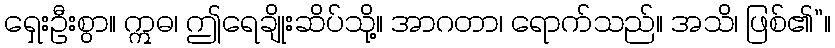
ရှေးဦးစွာ။ ဣဓ၊ ဤရေချိုးဆိပ်သို့။ အာဂတာ၊ ရောက်သည်။ အသိ၊ ဖြစ်၏”။